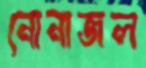
নোনাজল